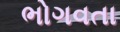
ભોગવતા